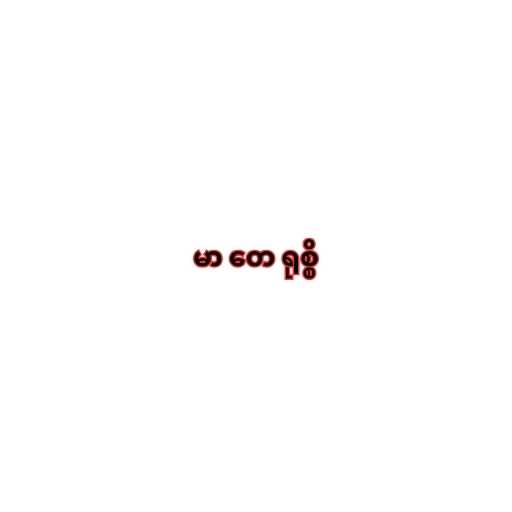
မာ တေ ရုစ္စိ